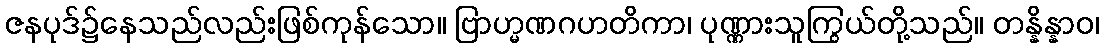
ဇနပုဒ်၌နေသည်လည်းဖြစ်ကုန်သော။ ဗြာဟ္မဏဂဟတိကာ၊ ပုဏ္ဏားသူကြွယ်တို့သည်။ တန္နိန္နာဝ၊